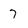
Character: 7